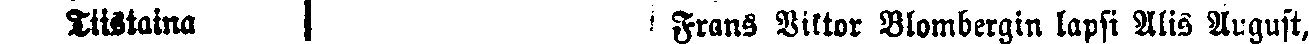
Tiistaina  Frans Viklor Blombergin lapsi Alis August,